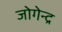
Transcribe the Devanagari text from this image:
जोगेन्द्र